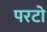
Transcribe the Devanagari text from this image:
परटो